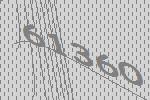
61360